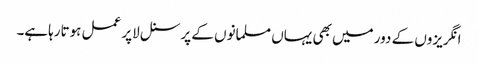
انگریزوں کے دور میں بھی یہاں مسلمانوں کے پرسنل لاپر عمل ہوتارہاہے۔